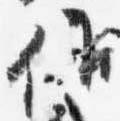
候